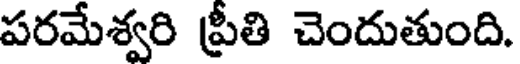
పరమేశ్వరి ప్రీతి చెందుతుంది.